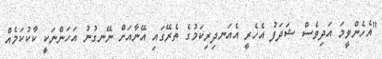
"އެހެންވީމަ އަދިވެސް ޝަދަފު އެހެރީ އެއަނދިރިކަމުގެ ތެރޭގައި އޭނާއަށް ނޭނގުނު އަހަންނަކީ ކާކުކަމެއް